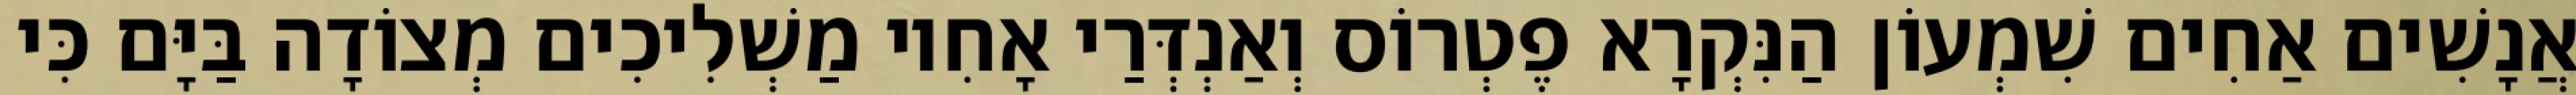
אֲנָשִׁים אַחִים שִׁמְעוֹן הַנִּקְרָא פֶטְרוֹס וְאַנְדְּרַי אָחִיו מַשְׁלִיכִים מְצוֹדָה בַּיָּם כִּי